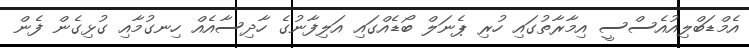
އެމްޑަބްލިއުއެސްސީ އިމާރާތުގައި ހުރި ޕެނަލް ބޯޑެއްގައި އަލިފާނުގެ ހާދިސާއެއް ހިނގުމާއި ގުޅިގެން ފެން